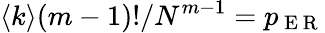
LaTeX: \langle k\rangle(m-1)!/N^{m-1}=p_{\mathrm{~E~R~}}